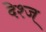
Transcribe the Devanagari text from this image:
देश्ज